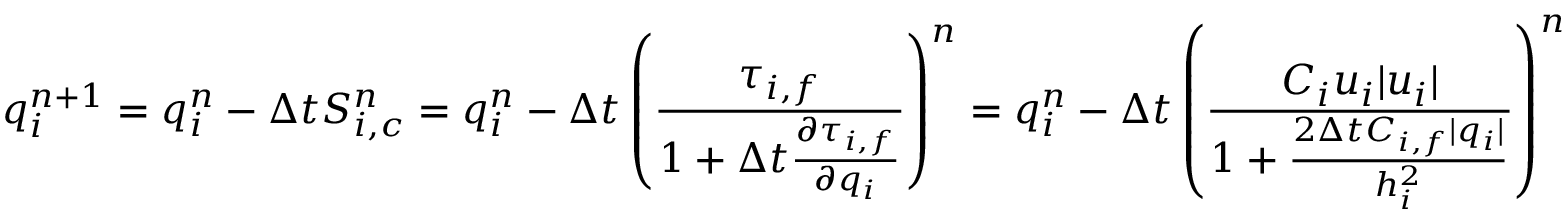
q _ { i } ^ { n + 1 } = q _ { i } ^ { n } - \Delta t S _ { i , c } ^ { n } = q _ { i } ^ { n } - \Delta t \left( \frac { \tau _ { i , f } } { 1 + \Delta t \frac { \partial \tau _ { i , f } } { \partial q _ { i } } } \right) ^ { n } = q _ { i } ^ { n } - \Delta t \left( \frac { C _ { i } u _ { i } | u _ { i } | } { 1 + \frac { 2 \Delta t C _ { i , f } | q _ { i } | } { h _ { i } ^ { 2 } } } \right) ^ { n }